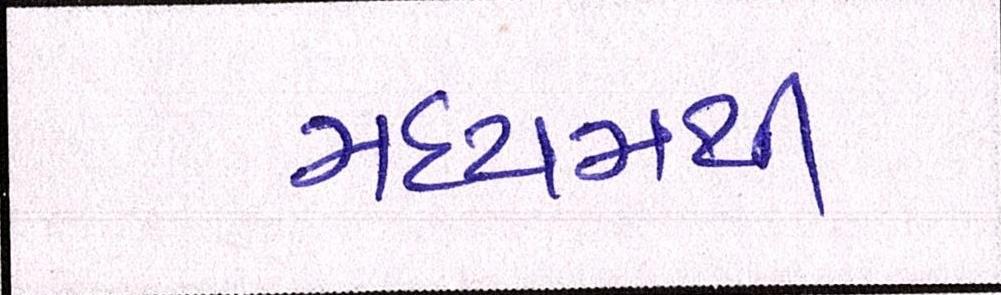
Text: મધ્યમથી